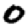
Digit: 0